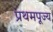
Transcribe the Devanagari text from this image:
प्रथमपूज्य